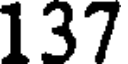
137